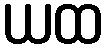
ယထ